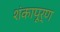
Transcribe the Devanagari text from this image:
शंकापूर्ण